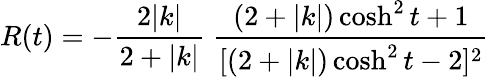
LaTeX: R(t)=-\frac{2|k|}{2+|k|}\; \frac{(2+|k|)\cosh^{2}t+1}{[(2+|k|)\cosh^{2}t-2]^{2}}